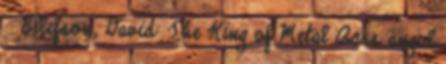
↑ Ellefson, David: The King of Metal Bass angol